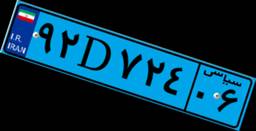
۷۱D۸۹۸۰۵